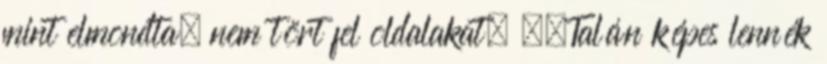
mint elmondta, nem tört fel oldalakat. ,,Talán képes lennék